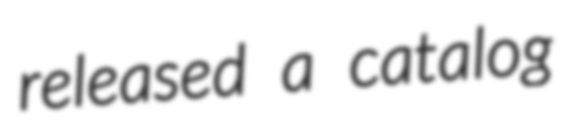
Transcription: released a catalog